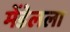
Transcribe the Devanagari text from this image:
मेंडेलला